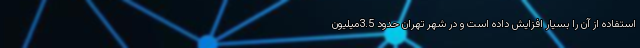
استفاده از آن را بسیار افزایش داده است و در شهر تهران حدود 3.5میلیون